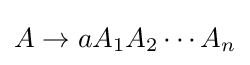
A\to aA_{1}A_{2}\cdots A_{n}